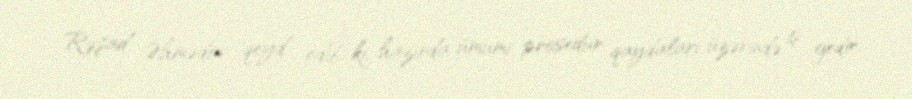
Rəşad Əhmədov qeyd edib ki, hazırda ümumi prosedur qaydaları üzərində iş gedir